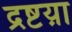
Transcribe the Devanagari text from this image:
द्रष्टय़ा